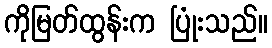
ကိုမြတ်ထွန်းက ပြုံးသည်။